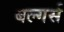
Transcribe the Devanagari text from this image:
बल्गर्स